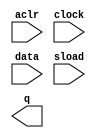
// megafunction wizard: %LPM_COUNTER%VBB%
// GENERATION: STANDARD
// VERSION: WM1.0
// MODULE: LPM_COUNTER 

// ============================================================
// Megafunction Name(s):
// 			LPM_COUNTER
//
// Simulation Library Files(s):
// 			lpm
// ============================================================
// ************************************************************
// THIS IS A WIZARD-GENERATED FILE. DO NOT EDIT THIS FILE!
//
// 12.1 Build 177 11/07/2012 SJ Full Version
// ************************************************************

//Copyright (C) 1991-2012 Altera Corporation
//Your use of Altera Corporation's design tools, logic functions 
//and other software and tools, and its AMPP partner logic 
//functions, and any output files from any of the foregoing 
//(including device programming or simulation files), and any 
//associated documentation or information are expressly subject 
//to the terms and conditions of the Altera Program License 
//Subscription Agreement, Altera MegaCore Function License 
//Agreement, or other applicable license agreement, including, 
//without limitation, that your use is for the sole purpose of 
//programming logic devices manufactured by Altera and sold by 
//Altera or its authorized distributors.  Please refer to the 
//applicable agreement for further details.

module counter (
	aclr,
	clock,
	data,
	sload,
	q);

	input	  aclr;
	input	  clock;
	input	[7:0]  data;
	input	  sload;
	output	[7:0]  q;

endmodule

// ============================================================
// CNX file retrieval info
// ============================================================
// Retrieval info: PRIVATE: ACLR NUMERIC "1"
// Retrieval info: PRIVATE: ALOAD NUMERIC "0"
// Retrieval info: PRIVATE: ASET NUMERIC "0"
// Retrieval info: PRIVATE: ASET_ALL1 NUMERIC "1"
// Retrieval info: PRIVATE: CLK_EN NUMERIC "0"
// Retrieval info: PRIVATE: CNT_EN NUMERIC "0"
// Retrieval info: PRIVATE: CarryIn NUMERIC "0"
// Retrieval info: PRIVATE: CarryOut NUMERIC "0"
// Retrieval info: PRIVATE: Direction NUMERIC "0"
// Retrieval info: PRIVATE: INTENDED_DEVICE_FAMILY STRING "Cyclone IV E"
// Retrieval info: PRIVATE: ModulusCounter NUMERIC "1"
// Retrieval info: PRIVATE: ModulusValue NUMERIC "248"
// Retrieval info: PRIVATE: SCLR NUMERIC "0"
// Retrieval info: PRIVATE: SLOAD NUMERIC "1"
// Retrieval info: PRIVATE: SSET NUMERIC "0"
// Retrieval info: PRIVATE: SSET_ALL1 NUMERIC "1"
// Retrieval info: PRIVATE: SYNTH_WRAPPER_GEN_POSTFIX STRING "0"
// Retrieval info: PRIVATE: nBit NUMERIC "8"
// Retrieval info: PRIVATE: new_diagram STRING "1"
// Retrieval info: LIBRARY: lpm lpm.lpm_components.all
// Retrieval info: CONSTANT: LPM_DIRECTION STRING "UP"
// Retrieval info: CONSTANT: LPM_MODULUS NUMERIC "248"
// Retrieval info: CONSTANT: LPM_PORT_UPDOWN STRING "PORT_UNUSED"
// Retrieval info: CONSTANT: LPM_TYPE STRING "LPM_COUNTER"
// Retrieval info: CONSTANT: LPM_WIDTH NUMERIC "8"
// Retrieval info: USED_PORT: aclr 0 0 0 0 INPUT NODEFVAL "aclr"
// Retrieval info: USED_PORT: clock 0 0 0 0 INPUT NODEFVAL "clock"
// Retrieval info: USED_PORT: data 0 0 8 0 INPUT NODEFVAL "data[7..0]"
// Retrieval info: USED_PORT: q 0 0 8 0 OUTPUT NODEFVAL "q[7..0]"
// Retrieval info: USED_PORT: sload 0 0 0 0 INPUT NODEFVAL "sload"
// Retrieval info: CONNECT: @aclr 0 0 0 0 aclr 0 0 0 0
// Retrieval info: CONNECT: @clock 0 0 0 0 clock 0 0 0 0
// Retrieval info: CONNECT: @data 0 0 8 0 data 0 0 8 0
// Retrieval info: CONNECT: @sload 0 0 0 0 sload 0 0 0 0
// Retrieval info: CONNECT: q 0 0 8 0 @q 0 0 8 0
// Retrieval info: GEN_FILE: TYPE_NORMAL counter.v TRUE
// Retrieval info: GEN_FILE: TYPE_NORMAL counter.inc FALSE
// Retrieval info: GEN_FILE: TYPE_NORMAL counter.cmp FALSE
// Retrieval info: GEN_FILE: TYPE_NORMAL counter.bsf FALSE
// Retrieval info: GEN_FILE: TYPE_NORMAL counter_inst.v FALSE
// Retrieval info: GEN_FILE: TYPE_NORMAL counter_bb.v TRUE
// Retrieval info: LIB_FILE: lpm